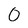
Character: O